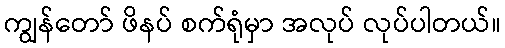
ကျွန်တော် ဖိနပ် စက်ရုံမှာ အလုပ် လုပ်ပါတယ်။